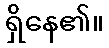
ရှိနေ၏။